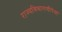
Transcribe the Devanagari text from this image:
राज्यविभागणीपेक्षा